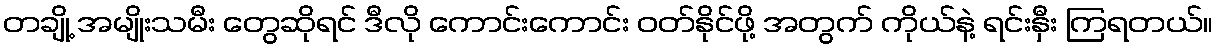
တချို့ အမျိုးသမီး တွေဆိုရင် ဒီလို ကောင်းကောင်း ဝတ်နိုင်ဖို့ အတွက် ကိုယ်နဲ့ ရင်းနှီး ကြရတယ်။